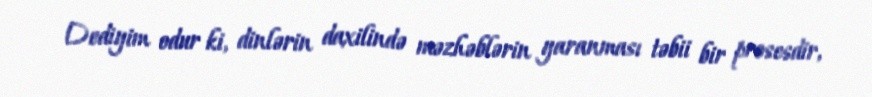
Dediyim odur ki, dinlərin daxilində məzhəblərin yaranması təbii bir prosesdir,